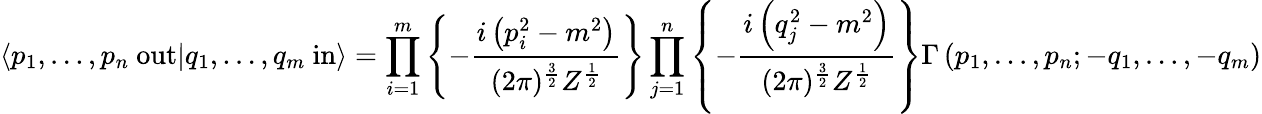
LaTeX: \langle p_{1},\ldots,p_{n}\ \mathrm{out}|q_{1},\ldots,q_{m}\ \mathrm{in}\rangle=\prod_{i=1}^{m}\left\{ -{\frac{i\left(p_{i}^{2}-m^{2}\right)}{(2\pi)^{\frac{3}{2}}Z^{\frac{1}{2}}}}\right\} \prod_{j=1}^{n}\left\{ -{\frac{i\left(q_{j}^{2}-m^{2}\right)}{(2\pi)^{\frac{3}{2}}Z^{\frac{1}{2}}}}\right\} \Gamma\left(p_{1},\ldots,p_{n};-q_{1},\ldots,-q_{m}\right)